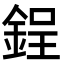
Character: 鋥